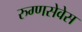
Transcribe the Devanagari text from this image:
रुग्णसेवेस